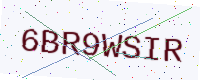
Text: 6BR9WSIR